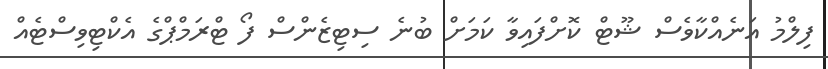
ފިލްމު އަނެއްކާވެސް ޝޫޓް ކޮށްފައިވާ ކަމަށް ބުނެ ސިޓިޒެންސް ފޯ ޓްރަމްޕްގެ އެކްޓިވިސްޓެއް